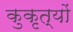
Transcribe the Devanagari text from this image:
कुकृत्‍यों